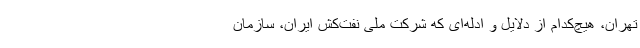
تهران، هیچ‌کدام از دلایل و ادله‌ای که شرکت ملی نفت‌کش ایران، سازمان